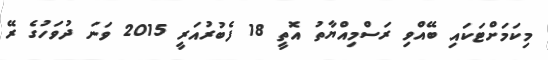
މިކަމަށްޓަކައި ބޭއްވި ރަސްމިއްޔާތު އޮތީ 18 ފެބުރުއަރީ 2015 ވަނަ ދުވަހުގެ ރޭ